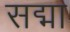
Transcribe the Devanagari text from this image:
सद्मा